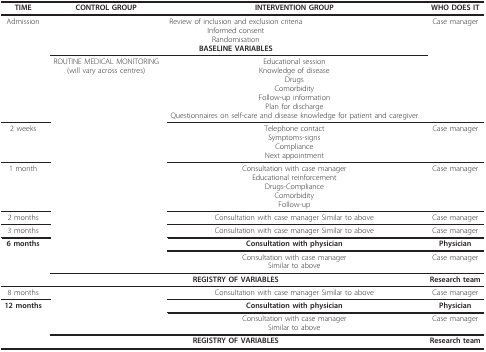
<table><thead><tr><td><b>TIME</b></td><td><b>CONTROL GROUP</b></td><td><b>INTERVENTION GROUP</b></td><td><b>WHO DOES IT</b></td></tr></thead><tbody><tr><td>Admission</td><td colspan="2">Review of inclusion and exclusion criteriaInformed consentRandomisation<b>BASELINE VARIABLES</b></td><td>Case manager</td></tr><tr><td></td><td>ROUTINE MEDICAL MONITORING(will vary across centres)</td><td>Educational sessionKnowledge of diseaseDrugsComorbidityFollow-up informationPlan for dischargeQuestionnaires on self-care and disease knowledge for patient and caregiver</td><td></td></tr><tr><td>2 weeks</td><td></td><td>Telephone contactSymptoms-signsComplianceNext appointment</td><td>Case manager</td></tr><tr><td>1 month</td><td></td><td>Consultation with case managerEducational reinforcementDrugs-ComplianceComorbidityFollow-up</td><td>Case manager</td></tr><tr><td>2 months</td><td></td><td>Consultation with case manager Similar to above</td><td>Case manager</td></tr><tr><td>3 months</td><td></td><td>Consultation with case manager Similar to above</td><td>Case manager</td></tr><tr><td><b>6 months</b></td><td></td><td><b>Consultation with physician</b></td><td><b>Physician</b></td></tr><tr><td></td><td></td><td>Consultation with case managerSimilar to above</td><td>Case manager</td></tr><tr><td></td><td colspan="2"><b>REGISTRY OF VARIABLES</b></td><td><b>Research team</b></td></tr><tr><td>8 months</td><td></td><td>Consultation with case manager Similar to above</td><td>Case manager</td></tr><tr><td><b>12 months</b></td><td></td><td><b>Consultation with physician</b></td><td><b>Physician</b></td></tr><tr><td></td><td></td><td>Consultation with case managerSimilar to above</td><td>Case manager</td></tr><tr><td></td><td colspan="2"><b>REGISTRY OF VARIABLES</b></td><td><b>Research team</b></td></tr></tbody></table>